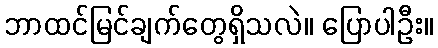
ဘာထင်မြင်ချက်တွေရှိသလဲ။ ပြောပါဦး။